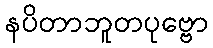
နပိတာဘူတပုဗ္ဗော